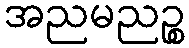
အညမညဉ္စ